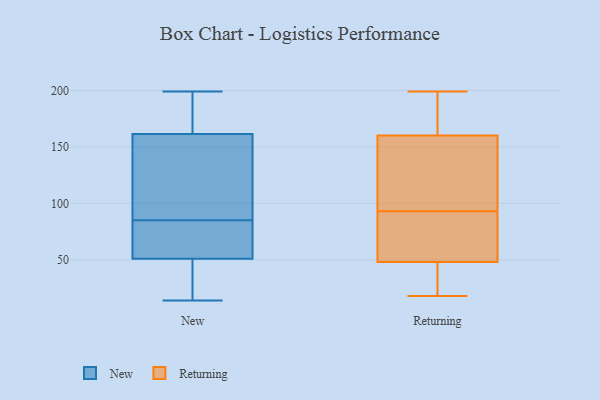
{"axis": {"x": "Energy Usage (MWh)", "y": "Value"}, "legend": ["New", "Returning"], "data": [{"x": "", "y": 199, "type": "New"}, {"x": "", "y": 77, "type": "New"}, {"x": "", "y": 122, "type": "New"}, {"x": "", "y": 30, "type": "New"}, {"x": "", "y": 73, "type": "New"}, {"x": "", "y": 14, "type": "New"}, {"x": "", "y": 40, "type": "New"}, {"x": "", "y": 163, "type": "New"}, {"x": "", "y": 114, "type": "New"}, {"x": "", "y": 160, "type": "New"}, {"x": "", "y": 29, "type": "New"}, {"x": "", "y": 173, "type": "New"}, {"x": "", "y": 76, "type": "New"}, {"x": "", "y": 62, "type": "New"}, {"x": "", "y": 93, "type": "New"}, {"x": "", "y": 198, "type": "New"}, {"x": "", "y": 105, "type": "Returning"}, {"x": "", "y": 69, "type": "Returning"}, {"x": "", "y": 18, "type": "Returning"}, {"x": "", "y": 48, "type": "Returning"}, {"x": "", "y": 84, "type": "Returning"}, {"x": "", "y": 160, "type": "Returning"}, {"x": "", "y": 109, "type": "Returning"}, {"x": "", "y": 171, "type": "Returning"}, {"x": "", "y": 196, "type": "Returning"}, {"x": "", "y": 199, "type": "Returning"}, {"x": "", "y": 34, "type": "Returning"}, {"x": "", "y": 44, "type": "Returning"}, {"x": "", "y": 71, "type": "Returning"}, {"x": "", "y": 102, "type": "Returning"}]}